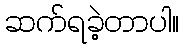
ဆက်ရခဲ့တာပါ။